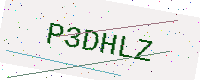
Text: P3DHLZ